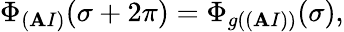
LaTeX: \Phi_{(\mathbf{A}I)}(\sigma+2\pi)=\Phi_{g((\mathbf{A}I))}(\sigma),